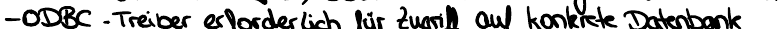
- ODBC - Treiber erforderlich für Zugriff auf konkrete Datenbank